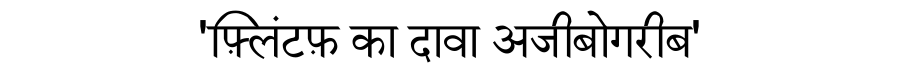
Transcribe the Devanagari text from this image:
'फ़्लिंटफ़ का दावा अजीबोगरीब'